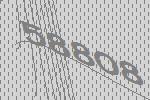
58808